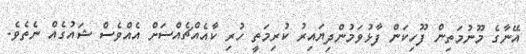
އޭނާގެ މޫނުމަތިން ފޫހިކަން ފާޅުވަމުންދިޔައިރު ކުރިމަތީ ހުރި ކާއެއްޗެއްސަށް އެއްވެސް ޝައުގެއް ނެތެވެ.